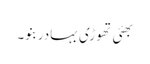
بھئی تھوڑی بہادر بنو۔